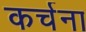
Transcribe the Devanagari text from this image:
कर्चना